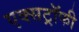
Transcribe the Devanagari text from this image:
एक्सट्रॉफी